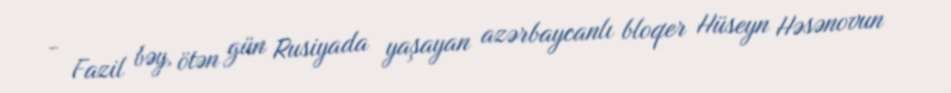
- Fazil bəy, ötən gün Rusiyada yaşayan azərbaycanlı bloqer Hüseyn Həsənovun